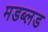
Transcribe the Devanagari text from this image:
मडब्लड